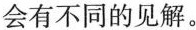
会有不同的见解。